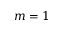
m = 1